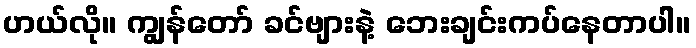
ဟယ်လို။ ကျွန်တော် ခင်ဗျားနဲ့ ဘေးချင်းကပ်နေတာပါ။